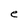
Character: e